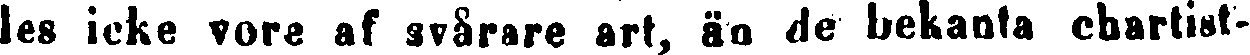
les icke vore af svårare art, än de bekanta chartist-